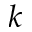
k